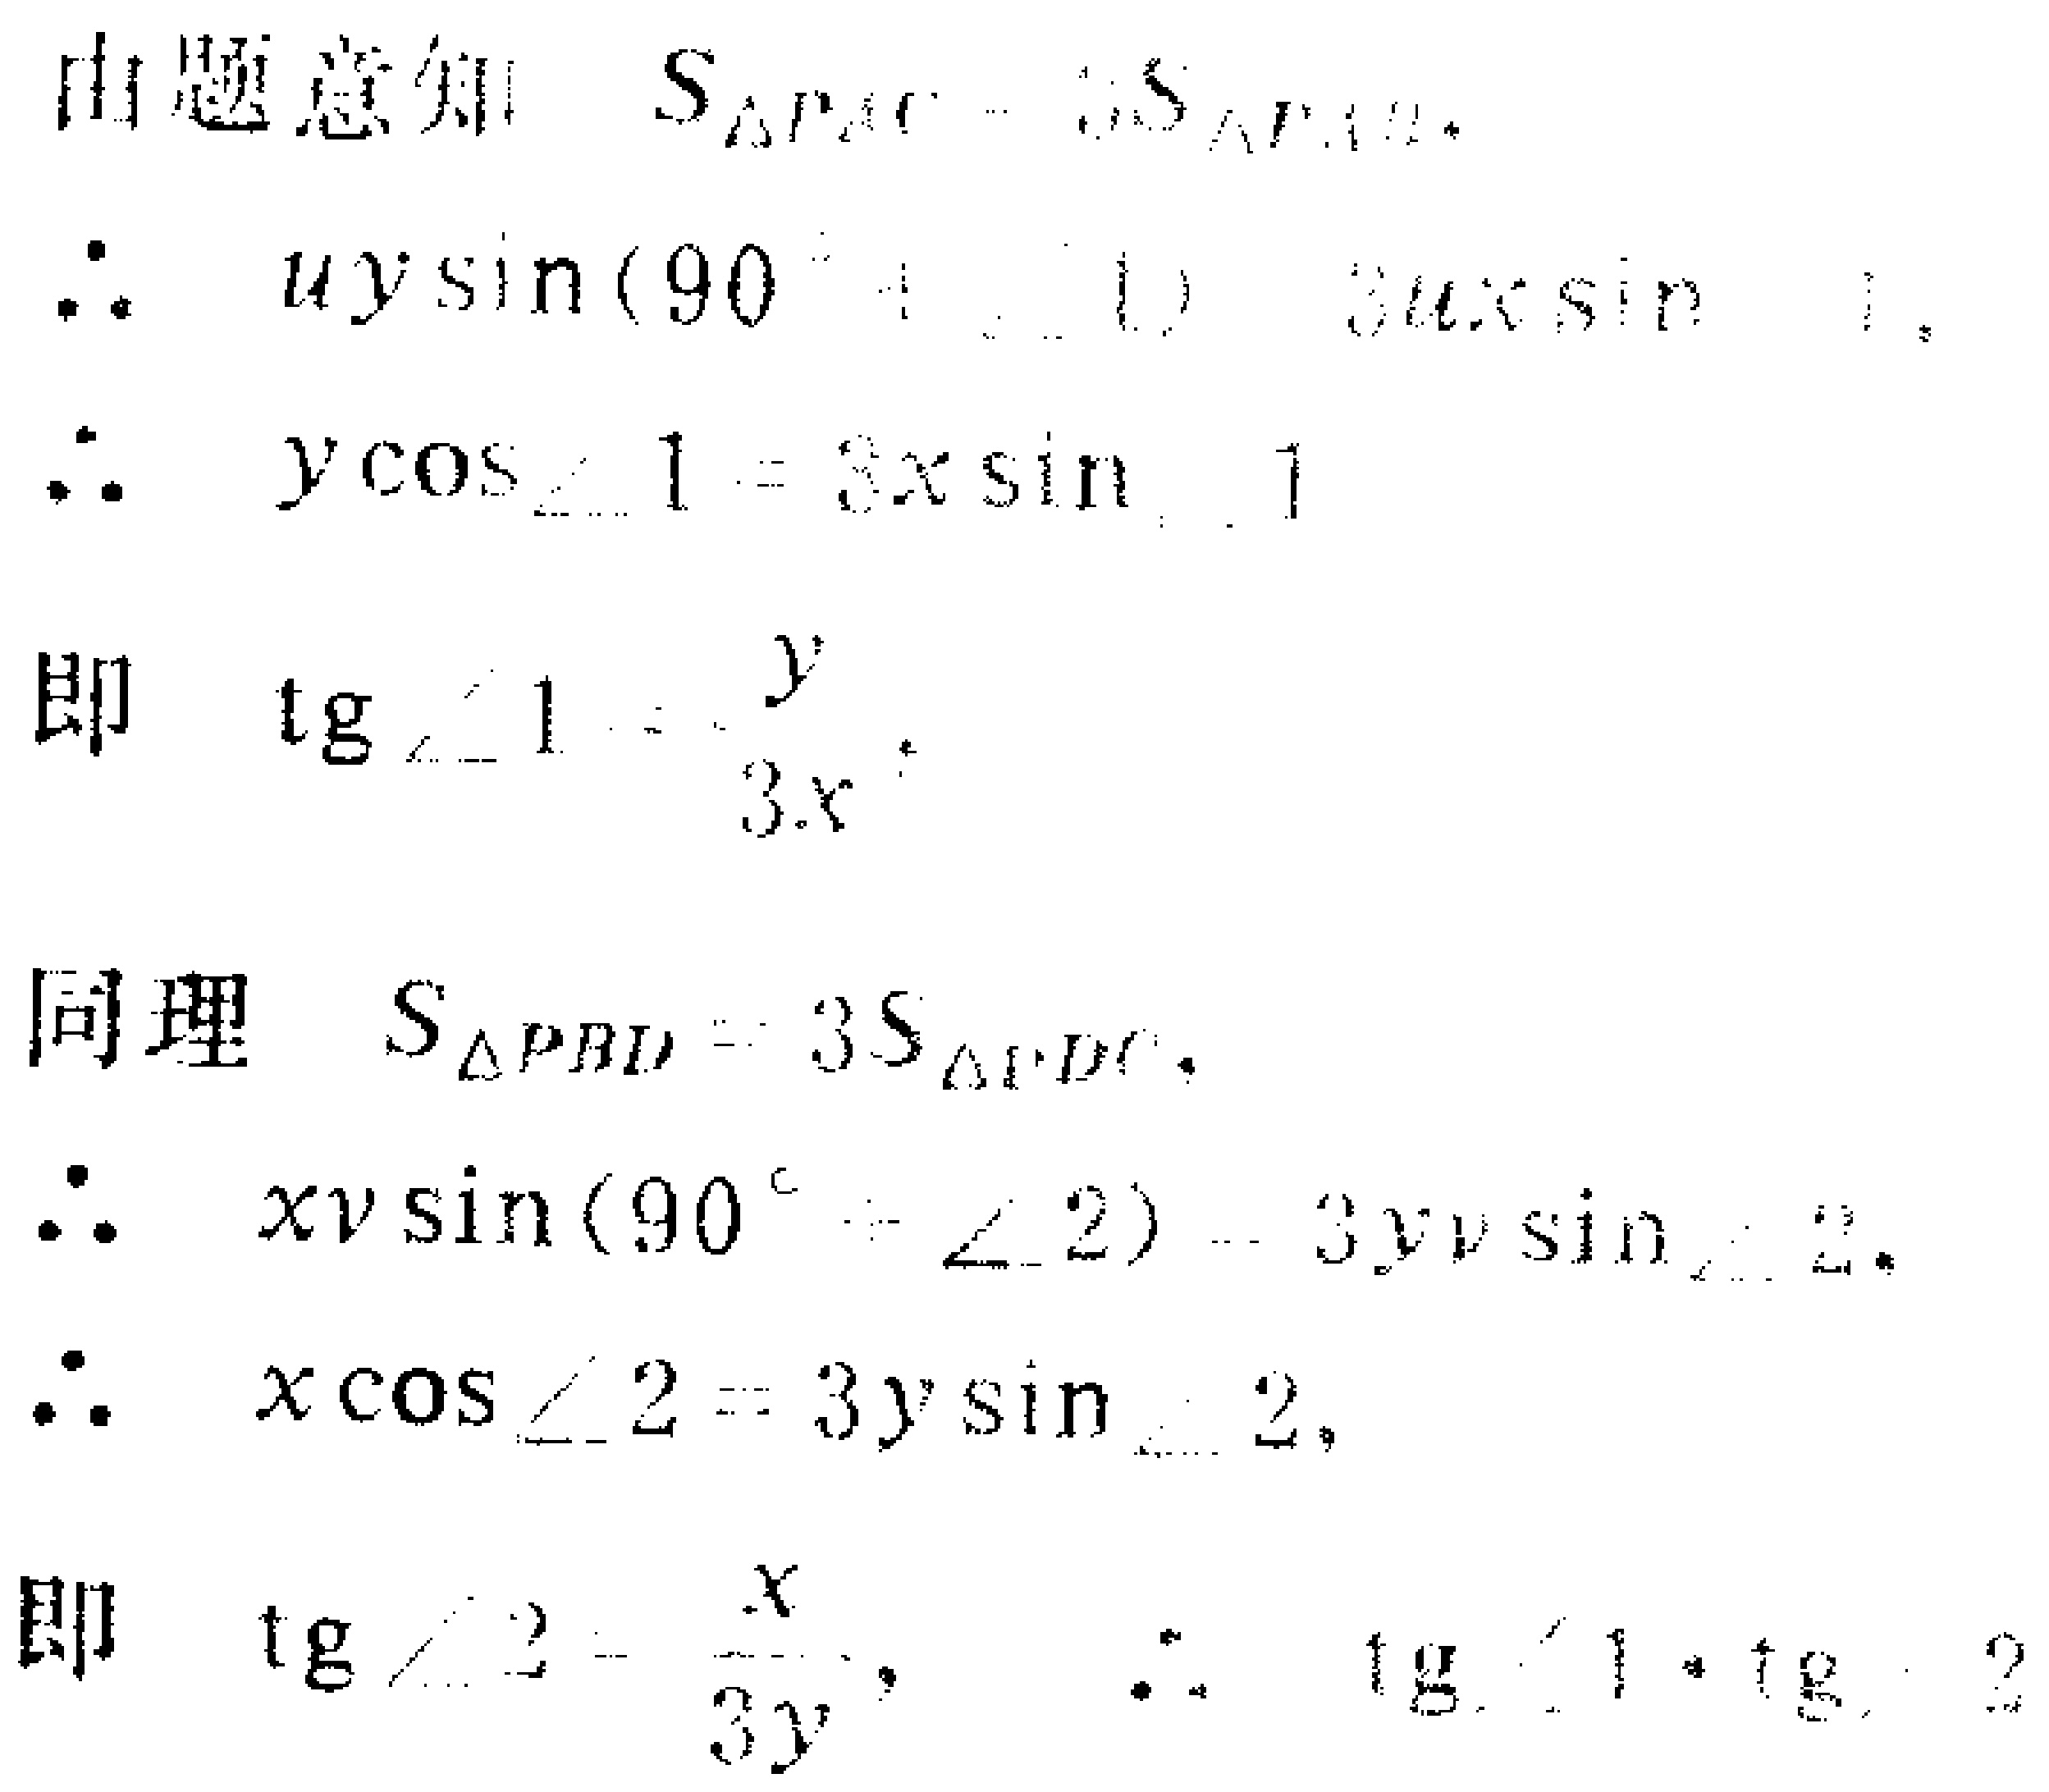
由题意知 \(S_{\triangle PAC}=3S_{\triangle PAB}\)，

\(\therefore uy\sin(90^{\circ}+\angle1) = 3ux\sin\angle1\)，

\(\therefore y\cos\angle1 = 3x\sin\angle1\)

即 \(\tan\angle1=\frac{y}{3x}\)。

同理 \(S_{\triangle PBD}=3S_{\triangle PDC}\)，

\(\therefore xv\sin(90^{\circ}+\angle2)=3yv\sin\angle2\)，

\(\therefore x\cos\angle2 = 3y\sin\angle2\)，

即 \(\tan\angle2=\frac{x}{3y}\)，\(\therefore \tan\angle1\cdot\tan\angle2\)